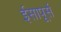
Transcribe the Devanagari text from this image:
ईसापूर्स